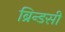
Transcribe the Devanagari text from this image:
ब्रिन्डसी